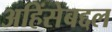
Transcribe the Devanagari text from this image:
अहिंसेबद्दल